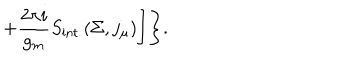
+ \frac { 2 \pi i } { g _ { m } } S _ { \mathrm { i n t . } } ( \Sigma , j _ { \mu } ) \Biggr ] \Biggr \} .